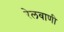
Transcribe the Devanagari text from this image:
रेलवाणी